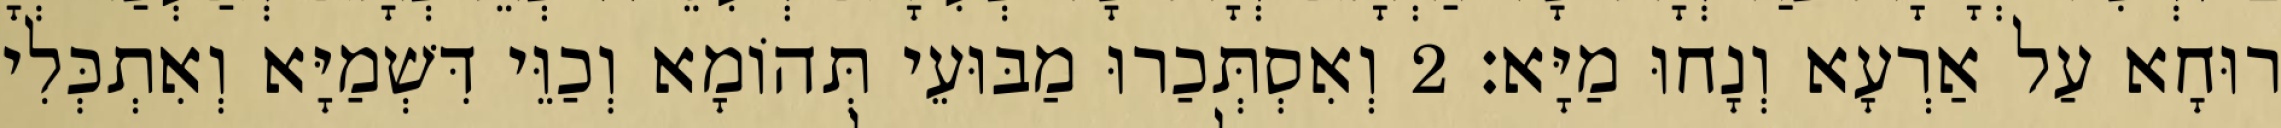
רוּחָא עַל אַרְעָא וְנָחוּ מַיָּא׃ 2 וְאִסְתְּכַרוּ מַבּוּעֵי תְּהוֹמָא וְכַוֵּי דִּשְׁמַיָּא וְאִתְכְּלִי